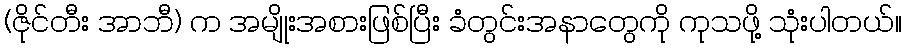
(ဇိုင်တီး အာဘီ) က အမျိုးအစားဖြစ်ပြီး ခံတွင်းအနာတွေကို ကုသဖို့ သုံးပါတယ်။